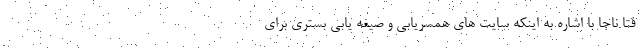
فتا ناجا با اشاره به اینکه سایت های همسریابی و صیغه یابی بستری برای